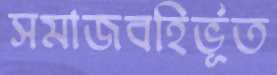
সমাজবহির্ভূত